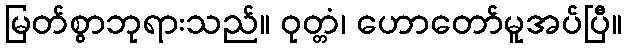
မြတ်စွာဘုရားသည်။ ဝုတ္တံ၊ ဟောတော်မူအပ်ပြီ။